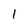
Character: 1